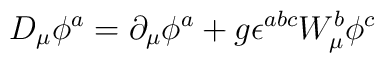
D_{\mu} \phi ^a = \partial _{\mu} \phi ^a + g \epsilon^{abc}W_{\mu} ^b \phi ^c